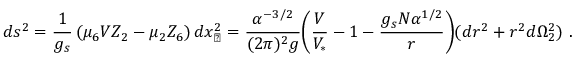
d s ^ { 2 } = { \frac { 1 } { g _ { s } } } \left( \mu _ { 6 } V Z _ { 2 } - \mu _ { 2 } Z _ { 6 } \right) d x _ { \perp } ^ { 2 } = { \frac { \alpha ^ { - 3 / 2 } } { ( 2 \pi ) ^ { 2 } g } } \Biggl ( \frac { V } { V _ { * } } - 1 - \frac { g _ { s } N \alpha ^ { 1 / 2 } } { r } \Biggr ) ( d r ^ { 2 } + r ^ { 2 } d \Omega _ { 2 } ^ { 2 } ) \ .